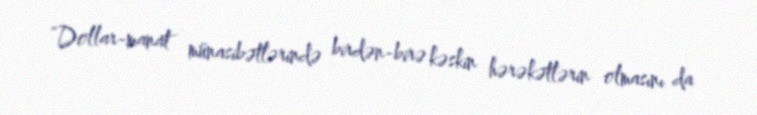
“Dollar-manat münasibətlərində birdən-birə kəskin hərəkətlərin olmasını da